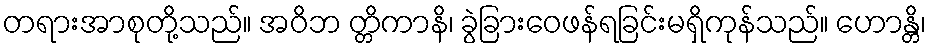
တရားအာစုတို့သည်။ အဝိဘ တ္တိကာနိ၊ ခွဲခြားဝေဖန်ရခြင်းမရှိကုန်သည်။ ဟောန္တိ၊